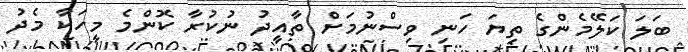
ބަލަ ކަލޭމެންގެ ތިޔަ ހަނި ވިސްނުމަށް ތާއީދު ނުކުރާ ކޮންމެ މީހަކާ މެދު